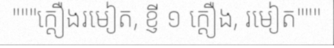
"""ក្តឿងរមៀត, ខ្ញី ១ ក្តឿង, រមៀត"""